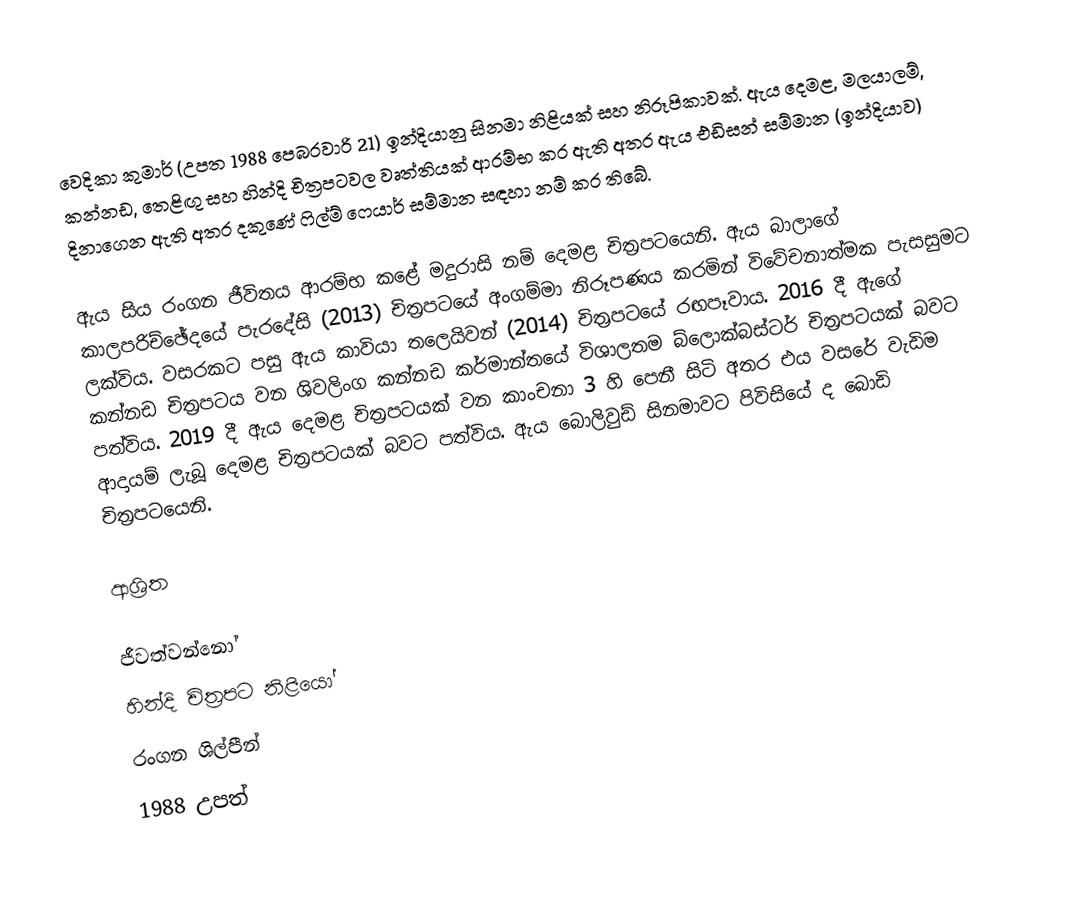
වෙදිකා කුමාර් (උපත 1988 පෙබරවාරි 21) ඉන්දියානු සිනමා නිළියක් සහ නිරූපිකාවක්. ඇය දෙමළ, මලයාලම්, කන්නඩ, තෙළිඟු සහ හින්දි චිත්‍රපටවල වෘත්තියක් ආරම්භ කර ඇති අතර ඇය එඩිසන් සම්මාන (ඉන්දියාව) දිනාගෙන ඇති අතර දකුණේ ෆිල්ම් ෆෙයාර් සම්මාන සඳහා නම් කර තිබේ.

ඇය සිය රංගන ජීවිතය ආරම්භ කළේ මදුරාසි නම් දෙමළ චිත්‍රපටයෙනි. ඇය බාලාගේ කාලපරිච්ඡේදයේ පැරදේසි (2013) චිත්‍රපටයේ අංගම්මා නිරූපණය කරමින් විවේචනාත්මක පැසසුමට ලක්විය. වසරකට පසු ඇය කාවියා තලෙයිවන් (2014) චිත්‍රපටයේ රඟපෑවාය. 2016 දී ඇගේ කන්නඩ චිත්‍රපටය වන ශිවලිංග කන්නඩ කර්මාන්තයේ විශාලතම බ්ලොක්බස්ටර් චිත්‍රපටයක් බවට පත්විය. 2019 දී ඇය දෙමළ චිත්‍රපටයක් වන කාංචනා 3 හි පෙනී සිටි අතර එය වසරේ වැඩිම ආදායම් ලැබූ දෙමළ චිත්‍රපටයක් බවට පත්විය. ඇය බොලිවුඩ් සිනමාවට පිවිසියේ ද බොඩි චිත්‍රපටයෙනි.

ආශ්‍රිත

ජීවත්වන්නෝ
හින්දි චිත්‍රපට නිළියෝ
රංගන ශිල්පීන්
1988 උපත්